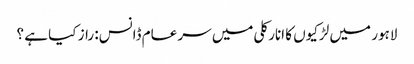
لاہور میں لڑکیوں کا انارکلی میں سر عام ڈانس: راز کیا ہے ؟